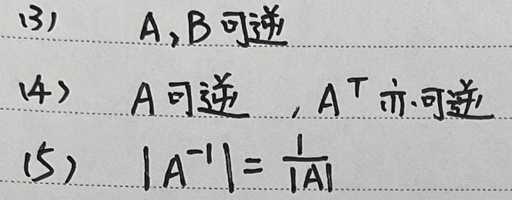
\begin{enumerate}
    \item[(3)] $A,B$可逆
    \item[(4)] $A$可逆，$A^T$亦可逆
    \item[(5)] $\vert A^{-1}\vert=\frac{1}{\vert A\vert}$
\end{enumerate}